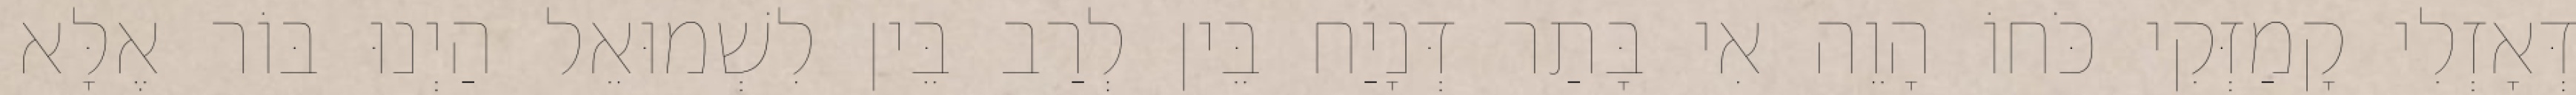
דְּאָזְלִי קָמַזְּקִי כֹּחוֹ הָוֵה אִי בָּתַר דְּנָיַח בֵּין לְרַב בֵּין לִשְׁמוּאֵל הַיְנוּ בּוֹר אֶלָּא